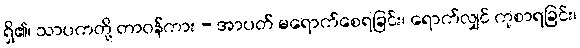
ရှိ၏၊ သာပကတို့ တာဝန်ကား - အာပတ် မရောက်စေရခြင်း၊ ရောက်လျှင် ကုစာရခြင်း၊